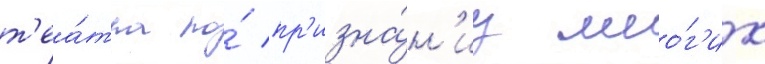
т'еа́тра по́ пр'изна́н'иу мно́г'их